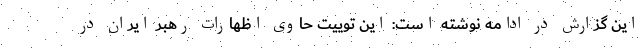
این گزارش در ادامه نوشته است: این توییت حاوی اظهارات رهبر ایران در